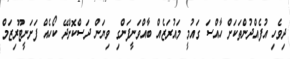
ދިވެހި އުފެއްދުންތަކަށް ހާއްސަ ގައުމީ މައުރަޒެއް ބާއްވަނީފަންގި ވިޔަން ދަސްކޮށްދޭ ކޯހެއް ފަށަނީޓޫރިޒަމް